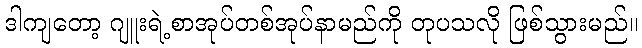
ဒါကျတော့ ဂျူးရဲ့စာအုပ်တစ်အုပ်နာမည်ကို တုပသလို ဖြစ်သွားမည်။